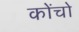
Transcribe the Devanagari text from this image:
कोंचो